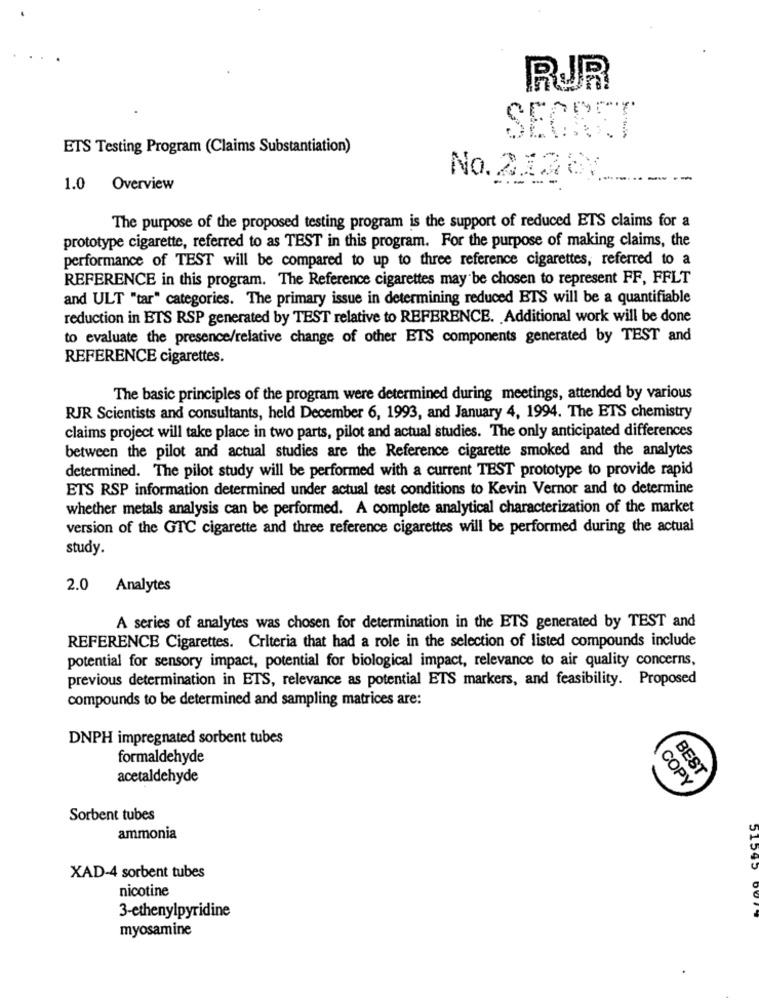
RUR
SEGRET
ETS Testing Program (Claims Substantiation)
No. 21287
1.0
Overview
The purpose of the proposed testing program is the support of reduced ETS claims for a
prototype cigarette, referred to as TEST in this program. For the purpose of making claims, the
performance of TEST will be compared to up to three reference cigarettes, referred to a
REFERENCE in this program. The Reference cigarettes may be chosen to represent FF, FFLT
and ULT "tar" categories. The primary issue in determining reduced BTS will be a quantifiable
reduction in ETS RSP generated by TEST relative to REFERENCE. Additional work will be done
to evaluate the presence/relative change of other ETS components generated by TEST and
REFERENCE cigarettes.
The basic principles of the program were determined during meetings, attended by various
RJR Scientists and consultants, held December 6, 1993, and January 4, 1994. The ETS chemistry
claims project will take place in two parts, pilot and actual studies. The only anticipated differences
between the pilot and actual studies are the Reference cigarette smoked and the analytes
determined. The pilot study will be performed with a current TEST prototype to provide rapid
ETS RSP information determined under actual test conditions to Kevin Vernor and to determine
whether metals analysis can be performed. A complete analytical characterization of the market
version of the GTC cigarette and three reference cigarettes will be performed during the actual
study.
2.0
Analytes
A series of analytes was chosen for determination in the ETS generated by TEST and
REFERENCE Cigarettes. Criteria that had a role in the selection of listed compounds include
potential for sensory impact, potential for biological impact, relevance to air quality concerns,
previous determination in ETS, relevance as potential ETS markers, and feasibility. Proposed
compounds to be determined and sampling matrices are:
DNPH impregnated sorbent tubes
formaldehyde
acetaldehyde
BEST
COPY
Sorbent tubes
ammonia
XAD-4 sorbent tubes
nicotine
3-ethenylpyridine
myosamine